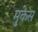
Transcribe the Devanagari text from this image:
मुकेस